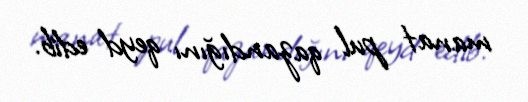
manat pul qazandığını qeyd edib.